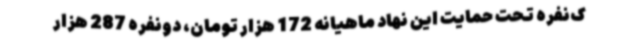
ک‌نفره تحت حمایت این نهاد ماهیانه 172 هزار تومان، دونفره 287 هزار